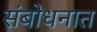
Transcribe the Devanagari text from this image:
संबोधनात